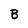
Character: B